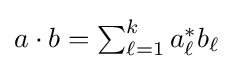
{\textstyle a\cdot b=\sum _{\ell =1}^{k}a_{\ell }^{*}b_{\ell }}